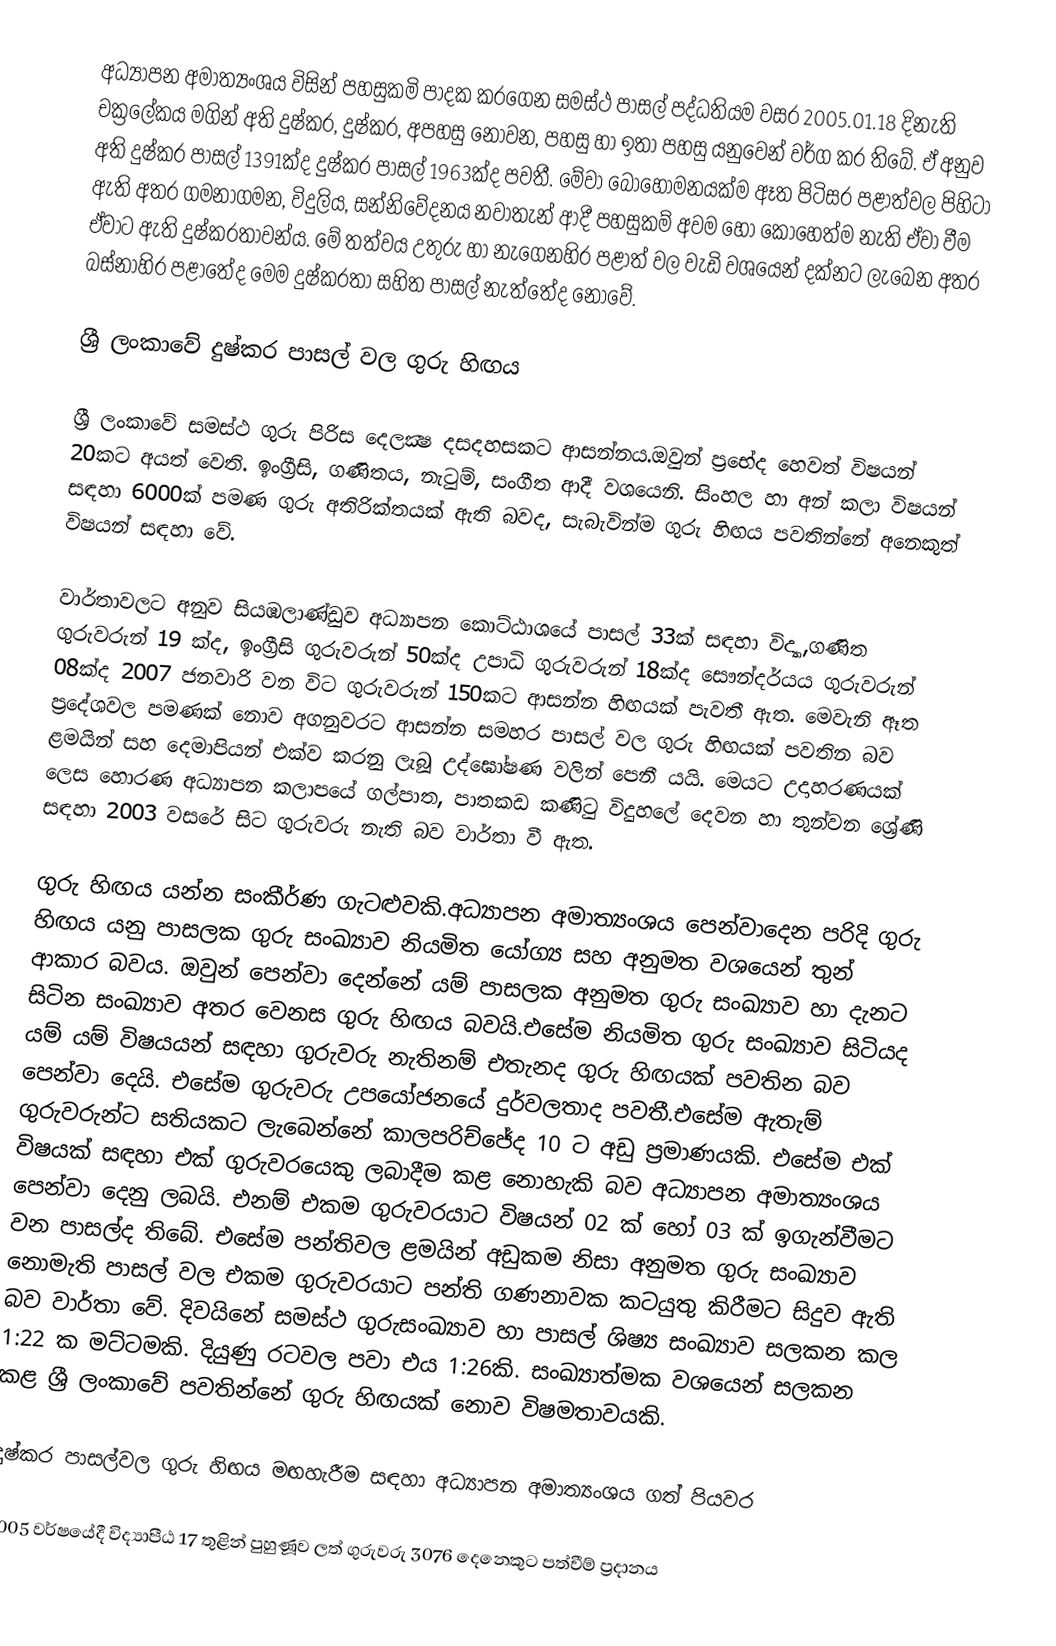
අධ්‍යාපන අමාත්‍යංශය විසින් පහසුකමි පාදක කරගෙන සමස්ථ පාසල් පද්ධතියම වසර 2005.01.18 දිනැති චක්‍රලේකය මගින් අති දුෂ්කර, දුෂ්කර, අපහසු නොවන, පහසු හා ඉතා පහසු යනුවෙන් වර්ග කර තිබේ. ඒ අනුව අති දුෂ්කර පාසල් 1391ක්ද දුෂ්කර පාසල් 1963ක්ද පවතී.‍ මේවා බොහොමනයක්ම ඈත පිටිසර පළාත්වල පිහිටා ඇති අතර ගමනාගමන, විදුලිය, සන්නිවේදනය නවාතැන් ආදී පහසුකම් අවම හෝ කොහෙත්ම නැති ඒවා වීම ඒවාට ඇති දුෂ්කරතාවන්ය. මේ තත්වය උතුරු හා නැගෙනහිර පළාත් වල වැඩි වශයෙන් දක්නට ලැබෙන අතර බස්නාහිර පළාතේද මෙම දුෂ්කරතා සහිත පාසල් නැත්තේද නොවේ.

ශ්‍රී ලංකාවේ දුෂ්කර පාසල් වල ගුරු හිඟය

ශ්‍රී ලංකාවේ සමස්ථ ගුරු පිරිස දෙලක්‍ෂ දසදහසකට ආසන්නය.ඔවුන් ප්‍රභේද හෙවත් විෂයන් 20කට අයත් වෙති. ඉංග්‍රීසි, ගණිතය, නැටුම්, සංගීත ආදී වශයෙනි. සිංහල හා අන් කලා විෂයන් සඳහා 6000ක් පමණ ගුරු අතිරික්තයක් ඇති බවද, සැබැවින්ම ගුරු හිඟය පවතින්නේ අනෙකුත් විෂයන් සඳහා වේ.

වාර්තාවලට අනුව සියඹලාණ්ඩුව අධ්‍යාපන කොට්ඨාශයේ පාසල් 33ක් සඳහා විද්‍යා,ගණිත ගුරුවරුන් 19 ක්ද, ඉංග්‍රීසි ගුරුවරුන් 50ක්ද උපාධි ගුරුවරුන් 18ක්ද සෞන්දර්යය ගුරුවරුන් 08ක්ද  2007 ජනවාරි වන විට ගුරුවරුන් 150කට ආසන්න හිඟයක් පැවතී ඇත. මෙවැනි ඈත ප්‍රදේශවල පමණක් නොව අගනුවරට ආසන්න සමහර පාසල් වල ගුරු හිඟයක් පවතින බව ළමයින් සහ දෙමාපියන් එක්ව කරනු ලැබූ උද්ඝෝෂණ වලින් පෙනී යයි. මෙයට උදාහරණයක් ලෙස හොරණ අධ්‍යාපන කලාපයේ ගල්පාත, පාතකඩ කණිටු විදුහලේ දෙවන හා තුන්වන ශ්‍රේණි සඳහා 2003 වසරේ සිට ගුරුවරු නැති බව වාර්තා වී ඇත.

ගුරු හිඟය යන්න සංකීර්ණ ගැටළුවකි.අධ්‍යාපන අමාත්‍යංශය පෙන්වාදෙන පරිදි ගුරු හිඟය යනු පාසලක ගුරු සංඛ්‍යාව නියමිත යෝග්‍ය සහ අනුමත වශයෙන් තුන් ආකාර බවය. ඔවුන් පෙන්වා දෙන්නේ යම් පාසලක අනුමත ගුරු සංඛ්‍යාව හා දැනට සිටින සංඛ්‍යාව අතර වෙනස ගුරු හිඟය බවයි.එසේම නියමිත ගුරු සංඛ්‍යාව සිටියද යම් යම් විෂයයන් සඳහා ගුරුවරු නැතිනම් එතැනද ගුරු හිඟයක් පවතින බව පෙන්වා දෙයි. එසේම ගුරුවරු උපයෝජනයේ දුර්වලතාද පවතී.එසේම ඇතැම් ගුරුවරුන්ට සතියකට ලැබෙන්නේ කාලපරිච්ජේද 10 ට අඩු ප්‍රමාණයකි. එසේම එක් විෂයක් සඳහා එක් ගුරුවරයෙකු ලබාදීම කළ නොහැකි බව අධ්‍යාපන අමාත්‍යංශය පෙන්වා දෙනු ලබයි. එනම් එකම ගුරුවරයාට විෂයන් 02 ක් හෝ 03 ක් ඉගැන්වීමට වන පාසල්ද තිබේ. එසේම පන්තිවල ළමයින් අඩුකම නිසා අනුමත ගුරු සංඛ්‍යාව නොමැති පාසල් වල එකම ගුරුවරයාට පන්ති ගණනාවක කටයුතු කිරීමට සිදුව ඇති බව වාර්තා වේ. දිවයිනේ සමස්ථ ගුරුසංඛ්‍යාව හා පාසල් ශිෂ්‍ය සංඛ්‍යාව සලකන කල 1:22 ක මට්ටමකි. දියුණු රටවල පවා එය 1:26කි. සංඛ්‍යාත්මක වශයෙන් සලකන කළ ශ්‍රී ලංකාවේ පවතින්නේ ගුරු හිඟයක් නොව විෂමතාවයකි.

දුෂ්කර පාසල්වල ගුරු හිඟය මඟහැරීම සඳහා අධ්‍යාපන අමාත්‍යංශය ගත් පියවර

2005 වර්ෂයේදී විද්‍යාපීඨ 17 තුළින් පුහුණූව ලත් ගුරුවරු 3076 දෙනෙකුට පත්වීම් ප්‍රදානය